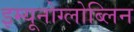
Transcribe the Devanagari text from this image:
इम्यूनोग्लोब्लिन